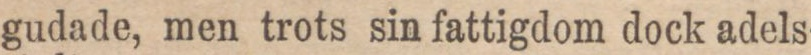
gudade, men trots sin fattigdom dock adels-